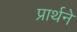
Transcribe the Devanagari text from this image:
प्रार्थने